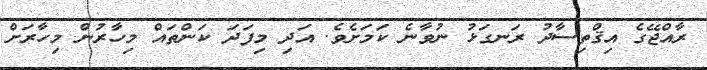
ރާއްޖޭގެ އިޤްތިސާދު ރަނގަޅު ނުވާނެ ކަމަށެވެ. އަދި މިފަދަ ކަންތައް މިހާރުން މިހާރަށް